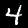
Label: 4